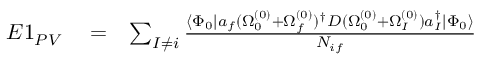
\begin{array} { r l r } { E 1 _ { P V } } & { { } = } & { \sum _ { I \ne i } \frac { \langle \Phi _ { 0 } | a _ { f } ( \Omega _ { 0 } ^ { ( 0 ) } + \Omega _ { f } ^ { ( 0 ) } ) ^ { \dagger } D ( \Omega _ { 0 } ^ { ( 0 ) } + \Omega _ { I } ^ { ( 0 ) } ) a _ { I } ^ { \dagger } | \Phi _ { 0 } \rangle } { { \cal N } _ { i f } } } \end{array}